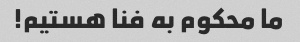
ما محکوم به فنا هستیم!